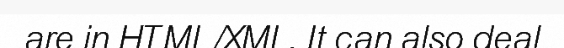
are in HTML/XML. It can also deal